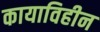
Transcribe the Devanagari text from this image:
कायाविहीन